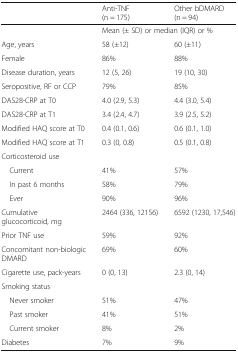
|  | Anti-TNF (n = 175) | Other bDMARD (n = 94) |
 | --- | --- | --- |
 |  | <COLSPAN=2> Mean (± SD) or median (IQR) or % |
 | Age, years | 58 (±12) | 60 (±11) |
 | Female | 86% | 88% |
 | Disease duration, years | 12 (5, 26) | 19 (10, 30) |
 | Seropositive, RF or CCP | 79% | 85% |
 | DAS28-CRP at T0 | 4.0 (2.9, 5.3) | 4.4 (3.0, 5.4) |
 | DAS28-CRP at T1 | 3.4 (2.4, 4.7) | 3.9 (2.5, 5.2) |
 | Modified HAQ score at T0 | 0.4 (0.1, 0.6) | 0.6 (0.1, 1.0) |
 | Modified HAQ score at T1 | 0.3 (0, 0.8) | 0.5 (0.1, 0.8) |
 | <COLSPAN=3> Corticosteroid use |
 | Current | 41% | 57% |
 | In past 6 months | 58% | 79% |
 | Ever | 90% | 96% |
 | Cumulative glucocorticoid, mg | 2464 (336, 12156) | 6592 (1230, 17,546) |
 | Prior TNF use | 59% | 92% |
 | Concomitant non-biologic DMARD | 69% | 60% |
 | Cigarette use, pack-years | 0 (0, 13) | 2.3 (0, 14) |
 | <COLSPAN=3> Smoking status |
 | Never smoker | 51% | 47% |
 | Past smoker | 41% | 51% |
 | Current smoker | 8% | 2% |
 | Diabetes | 7% | 9% |